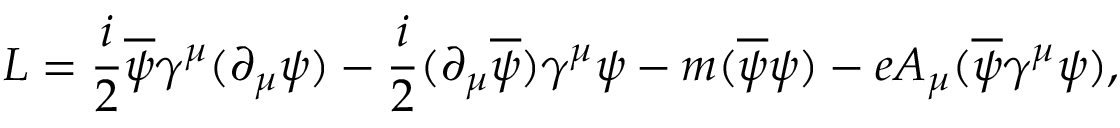
{ \cal L } = { \frac { i } { 2 } } \overline { { { \psi } } } \gamma ^ { \mu } ( \partial _ { \mu } \psi ) - { \frac { i } { 2 } } ( \partial _ { \mu } \overline { { { \psi } } } ) \gamma ^ { \mu } \psi - m ( \overline { { { \psi } } } \psi ) - e A _ { \mu } ( \overline { { { \psi } } } \gamma ^ { \mu } \psi ) ,